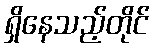
ရှိနေသည့်တိုင်